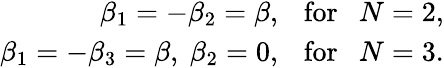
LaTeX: \begin{array}{r}{{\beta_{1}}=-{\beta_{2}}=\beta,~~~\textrm{for}~~~N=2,}\\ {{\beta_{1}}=-{\beta_{3}}=\beta,~{\beta_{2}}=0,~~~\textrm{for}~~~N=3.}\end{array}